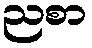
ညစာ